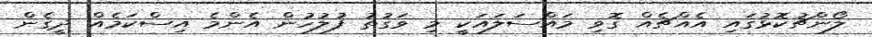
ލޯންޗުކޮޅުގައި އެއްޗެއް ގޮވި މައްސަލައަކީ މި ވަގުތު ފުލުހުން އެންމެ އިސްކަމެއް ދީގެން